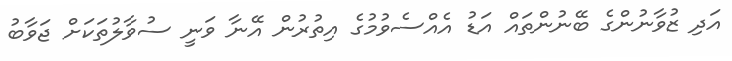
އަދި ޒުވާނުންގެ ބޭނުންތައް އަޑު އެއްސެވުމުގެ އިތުރުން އޭނާ ވަނީ ސުވާލުތަކަށް ޖަވާބު